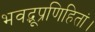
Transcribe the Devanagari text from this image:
भवद्भूप्रणिहितां।